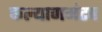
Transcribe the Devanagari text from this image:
कल्याणमंटप